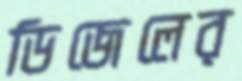
ডিজেলের